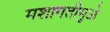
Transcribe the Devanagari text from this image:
मशागतीमुळे